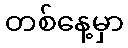
တစ်နေ့မှာ